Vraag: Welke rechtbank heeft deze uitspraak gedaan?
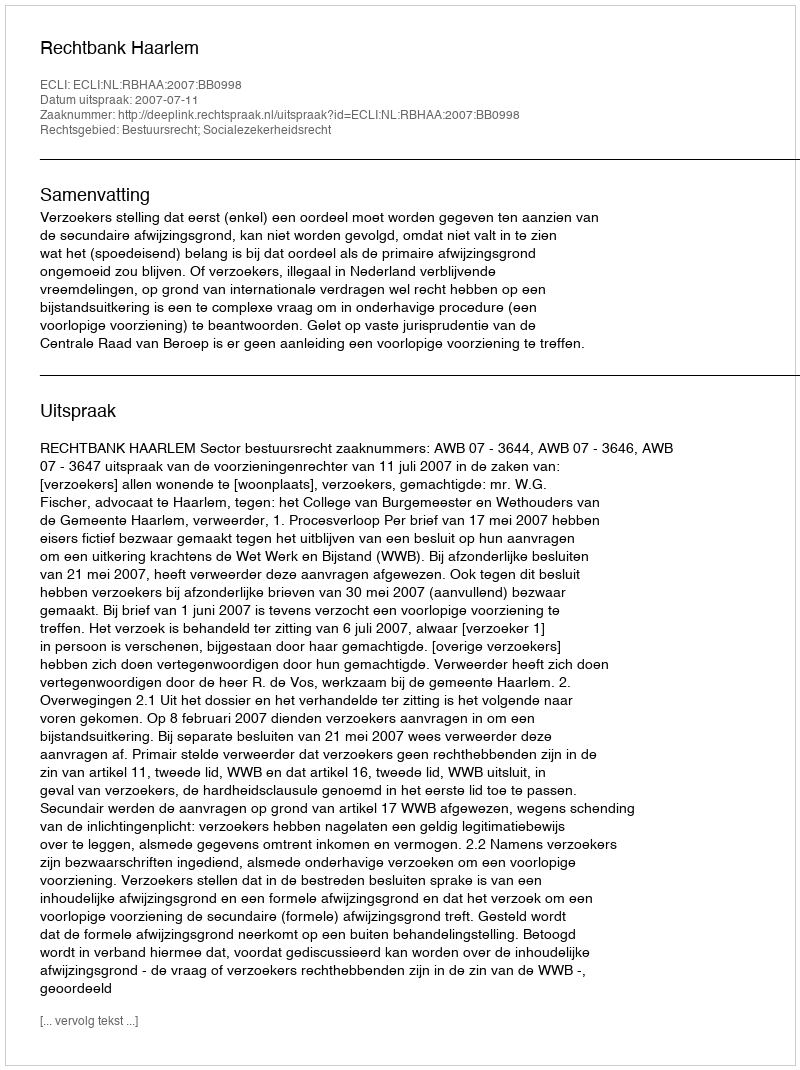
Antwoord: Rechtbank Haarlem